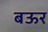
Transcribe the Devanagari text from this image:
बऊर